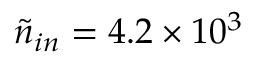
\tilde { n } _ { i n } = 4 . 2 \times 1 0 ^ { 3 }